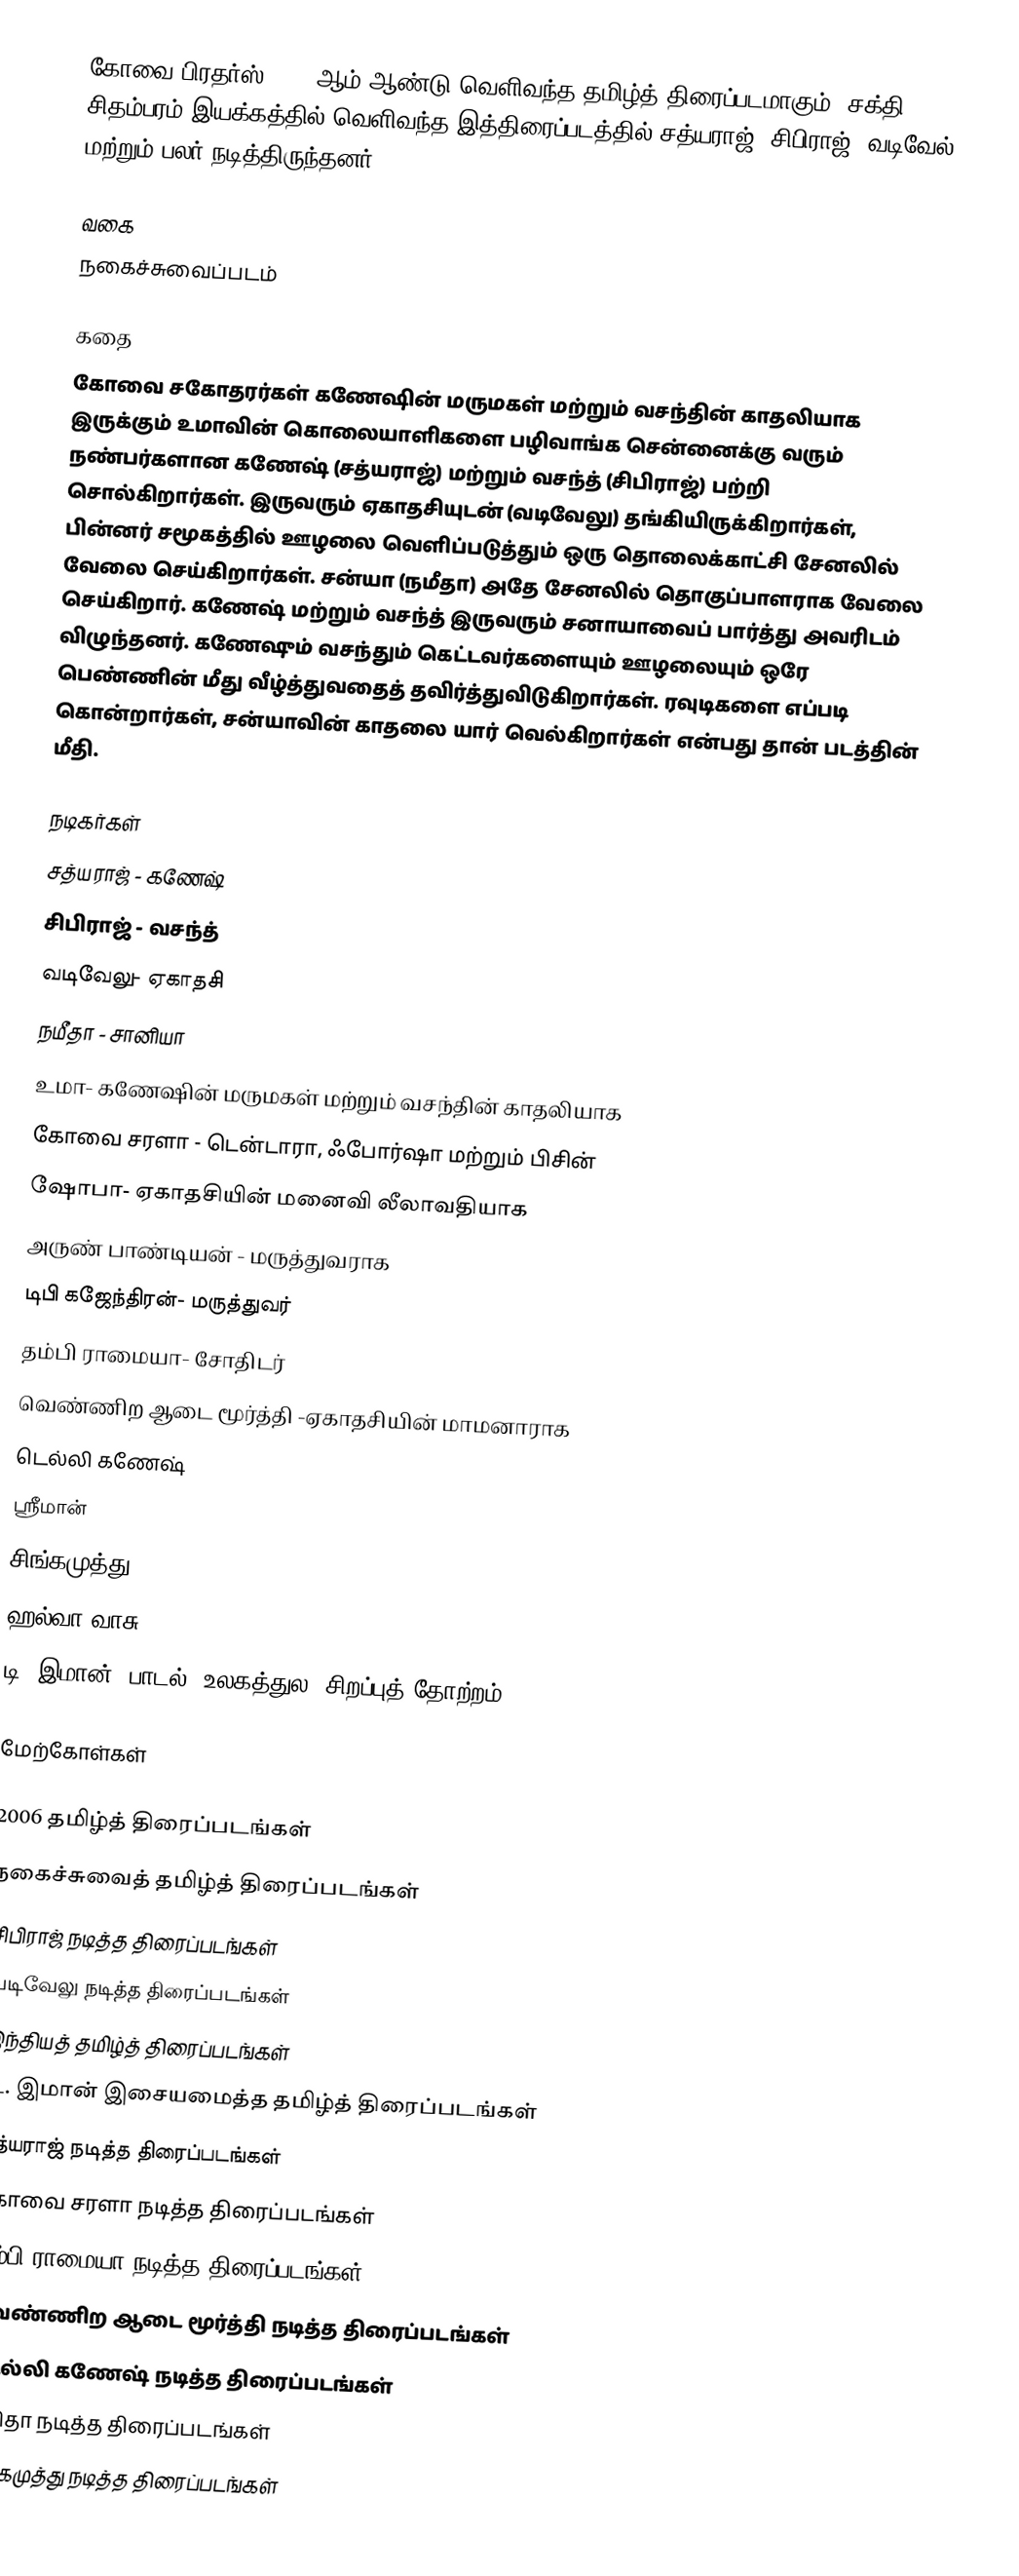
கோவை பிரதர்ஸ் 2006 ஆம் ஆண்டு வெளிவந்த தமிழ்த் திரைப்படமாகும். சக்தி சிதம்பரம் இயக்கத்தில் வெளிவந்த இத்திரைப்படத்தில் சத்யராஜ், சிபிராஜ், வடிவேல் மற்றும் பலர் நடித்திருந்தனர்.

வகை
நகைச்சுவைப்படம்

கதை
கோவை சகோதரர்கள் கணேஷின் மருமகள் மற்றும் வசந்தின் காதலியாக இருக்கும் உமாவின் கொலையாளிகளை பழிவாங்க சென்னைக்கு வரும் நண்பர்களான கணேஷ் (சத்யராஜ்) மற்றும் வசந்த் (சிபிராஜ்) பற்றி சொல்கிறார்கள். இருவரும் ஏகாதசியுடன் (வடிவேலு) தங்கியிருக்கிறார்கள், பின்னர் சமூகத்தில் ஊழலை வெளிப்படுத்தும் ஒரு தொலைக்காட்சி சேனலில் வேலை செய்கிறார்கள். சன்யா (நமீதா) அதே சேனலில் தொகுப்பாளராக வேலை செய்கிறார். கணேஷ் மற்றும் வசந்த் இருவரும் சனாயாவைப் பார்த்து அவரிடம் விழுந்தனர். கணேஷும் வசந்தும் கெட்டவர்களையும் ஊழலையும் ஒரே பெண்ணின் மீது வீழ்த்துவதைத் தவிர்த்துவிடுகிறார்கள். ரவுடிகளை எப்படி கொன்றார்கள், சன்யாவின் காதலை யார் வெல்கிறார்கள் என்பது தான் படத்தின் மீதி.

நடிகர்கள்
 சத்யராஜ் - கணேஷ்
 சிபிராஜ் - வசந்த்
 வடிவேலு- ஏகாதசி
 நமீதா - சானியா
 உமா- கணேஷின் மருமகள் மற்றும் வசந்தின் காதலியாக
 கோவை சரளா - டென்டாரா, ஃபோர்ஷா மற்றும் பிசின்
 ஷோபா- ஏகாதசியின் மனைவி லீலாவதியாக
 அருண் பாண்டியன் - மருத்துவராக
 டிபி கஜேந்திரன்- மருத்துவர்
 தம்பி ராமையா- சோதிடர்
 வெண்ணிற ஆடை மூர்த்தி -ஏகாதசியின் மாமனாராக
 டெல்லி கணேஷ்
 ஸ்ரீமான்
 சிங்கமுத்து
 ஹல்வா வாசு
 டி. இமான் (பாடல் "உலகத்துல" சிறப்புத் தோற்றம் )

மேற்கோள்கள்

2006 தமிழ்த் திரைப்படங்கள்
நகைச்சுவைத் தமிழ்த் திரைப்படங்கள்
சிபிராஜ் நடித்த திரைப்படங்கள்
வடிவேலு நடித்த திரைப்படங்கள்
இந்தியத் தமிழ்த் திரைப்படங்கள்
டி. இமான் இசையமைத்த தமிழ்த் திரைப்படங்கள்
சத்யராஜ் நடித்த திரைப்படங்கள்
கோவை சரளா நடித்த திரைப்படங்கள்
தம்பி ராமையா நடித்த திரைப்படங்கள்
வெண்ணிற ஆடை மூர்த்தி நடித்த திரைப்படங்கள்
டெல்லி கணேஷ் நடித்த திரைப்படங்கள்
நமிதா நடித்த திரைப்படங்கள்
சிங்கமுத்து நடித்த திரைப்படங்கள்